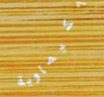
الكيماوية